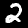
Digit: 2